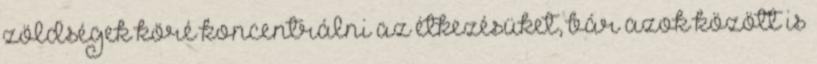
zöldségek köré koncentrálni az étkezésüket, bár azok között is